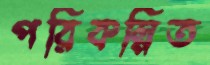
পরিকল্পিত